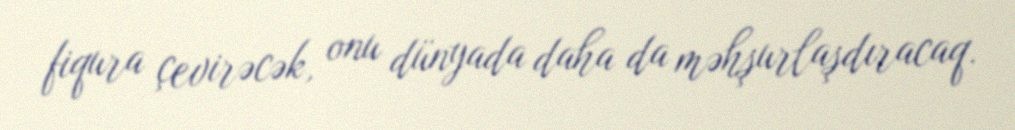
fiqura çevirəcək, onu dünyada daha da məhşurlaşdıracaq.